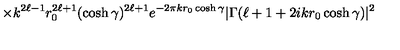
\times k ^ { 2 \ell - 1 } r _ { 0 } ^ { 2 \ell + 1 } ( \cosh \gamma ) ^ { 2 \ell + 1 } e ^ { - 2 \pi k r _ { 0 } \cosh \gamma } | \Gamma ( \ell + 1 + 2 i k r _ { 0 } \cosh \gamma ) | ^ { 2 }